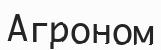
Агроном